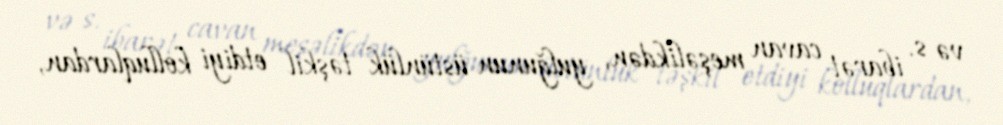
və s. ibarət cavan meşəlikdən, yulğunun üstünlük təşkil etdiyi kolluqlardan,